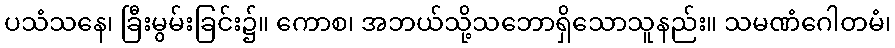
ပသံသနေ၊ ခြီးမွမ်းခြင်း၌။ ကောစ၊ အဘယ်သို့သဘောရှိသောသူနည်း။ သမဏံဂေါတမံ၊